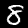
Label: 8